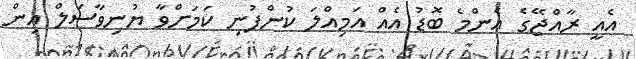
އެއީ ރާއްޖޭގެ އެންމެ ބޮޑު އެއް އަމިއްލަ ކުންފުނި ކަމަށްވާ ޔުނިވާސަލް އިން